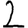
Digit: 2